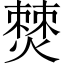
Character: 𤏡